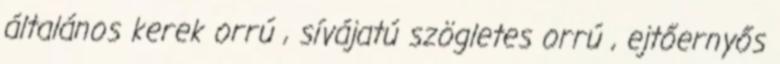
általános kerek orrú , sívájatú szögletes orrú , ejtőernyős